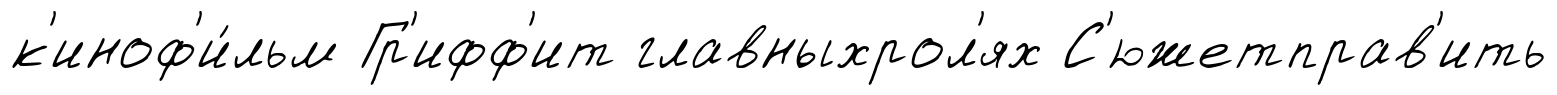
к'иноф'и́льм Гр'ифф'ит главныхрол'ях С'южетправ'ить